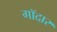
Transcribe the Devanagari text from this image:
गॉदार